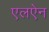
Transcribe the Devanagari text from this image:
एलऐन